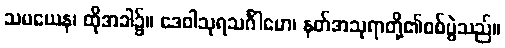
သမယေန၊ ထိုအခါ၌။ ဒေဝါသုရသင်္ဂါမော၊ နတ်အသုရာတို့၏စစ်ပွဲသည်။